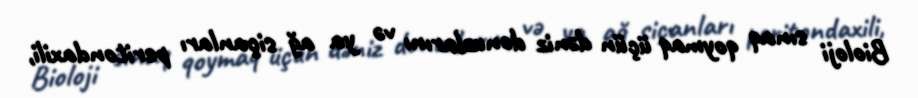
Bioloji sınaq qoymaq üçün dəniz donuzlarını və ya ağ siçanları peritondaxili,